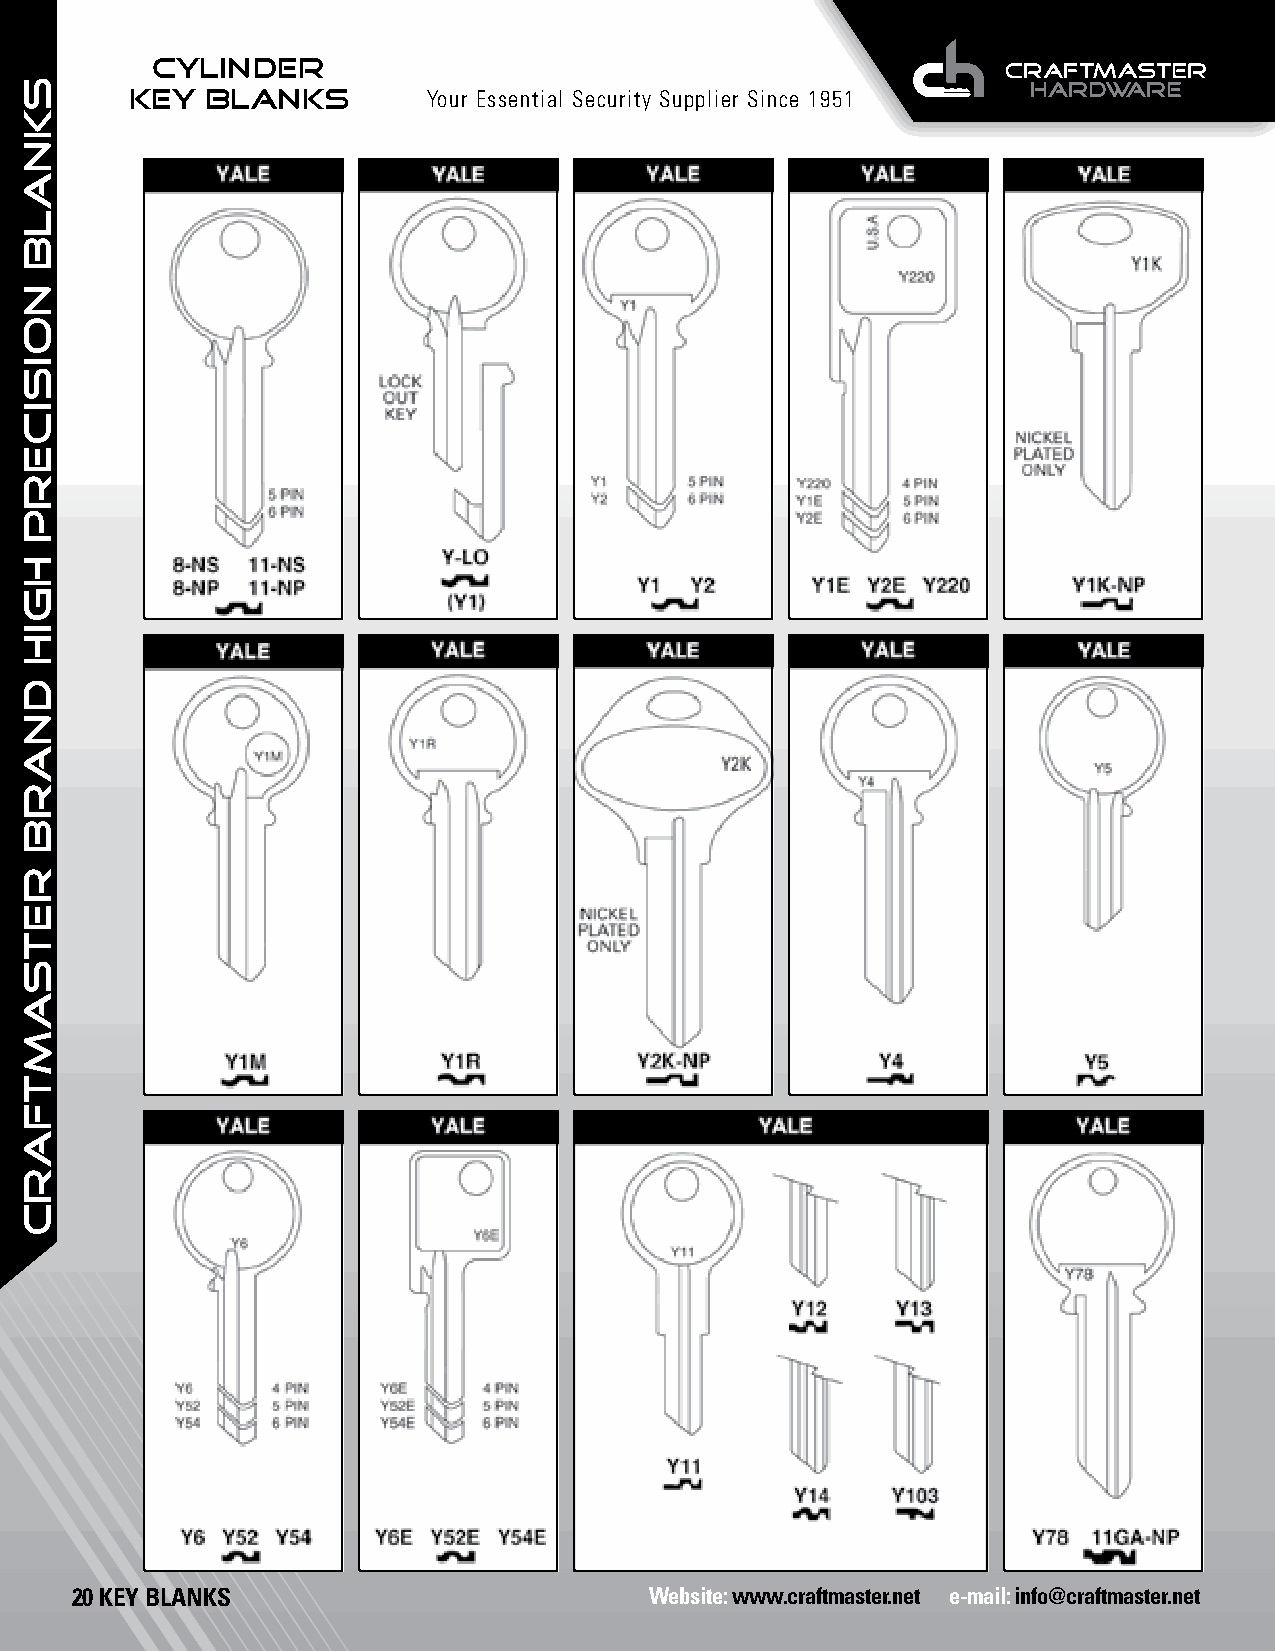
CYLINDER
 KEY  BLANKS        Your Essential Security Supplier Since 1951
 20 KEY BLANKS                         Website: www.craftmaster.net e-mail: info@craftmaster.net
 SKNALB
 NOISICERP
 HGIH
 dnarb
 retsamtfarc